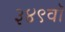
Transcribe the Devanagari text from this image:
३४९वॉ